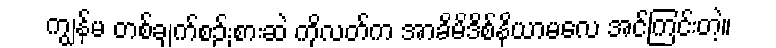
ကျွန်မ တစ်ချက်စဉ်းစားဆဲ ကိုလတ်က အာခိမိဒိစ်နိယာမလေ အင်ကြင်းတဲ့။